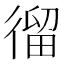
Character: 𢕍